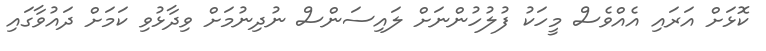
ކޮޅަށް އަރައި އެއްވެސް މީހަކު ފުލުހުންނަށް ލައިސަންސް ނުދިނުމަށް ވިދާޅުވި ކަމަށް ދައުވާގައި